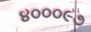
૪૦૦૦૯૭